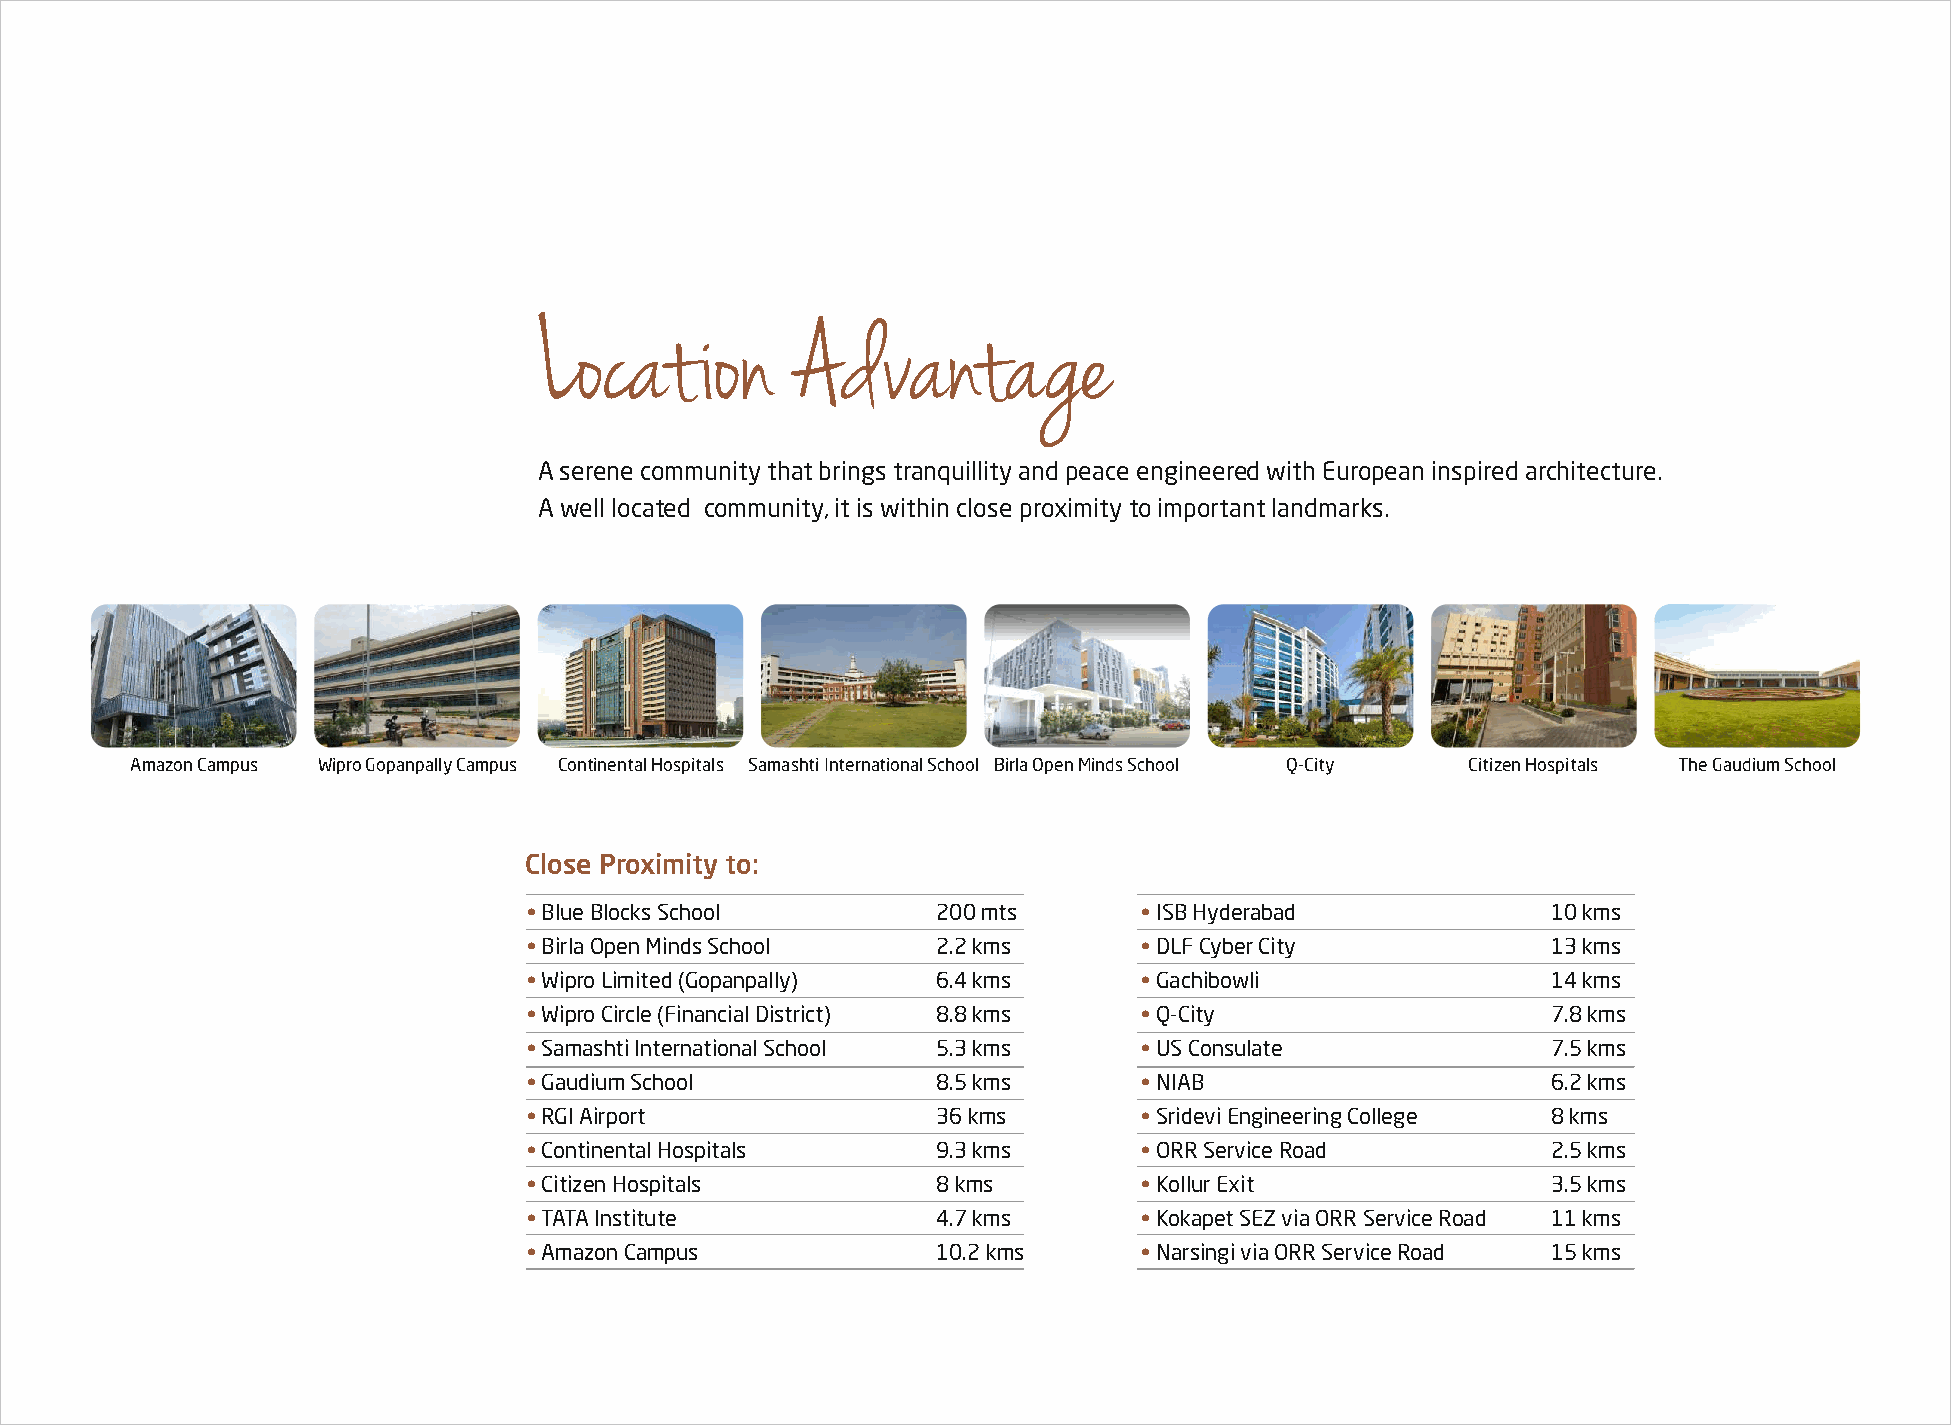
Location         Advantage
 A serene community that brings tranquillity and peace engineered with European inspired architecture.
 A well located community, it is within close proximity to important landmarks.
 Amazon Campus Wipro Gopanpally Campus Continental Hospitals Samashti International School Birla Open Minds School Q-City Citizen Hospitals The Gaudium School
 Close Proximity to:
 • Blue Blocks School       200 mts       • ISB Hyderabad            10 kms
 • Birla Open Minds School  2.2 kms       • DLF Cyber City           13 kms
 • Wipro Limited (Gopanpally) 6.4 kms     • Gachibowli               14 kms
 • Wipro Circle (Financial District) 8.8 kms • Q-City                7.8 kms
 • Samashti International School 5.3 kms  • US Consulate             7.5 kms
 • Gaudium School           8.5 kms       • NIAB                     6.2 kms
 • RGI Airport              36 kms        • Sridevi Engineering College 8 kms
 • Continental Hospitals    9.3 kms       • ORR Service Road         2.5 kms
 • Citizen Hospitals        8 kms         • Kollur Exit              3.5 kms
 • TATA Institute           4.7 kms       • Kokapet SEZ via ORR Service Road 11 kms
 • Amazon Campus            10.2 kms      • Narsingi via ORR Service Road 15 kms